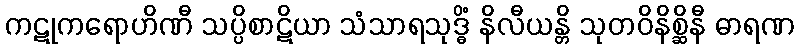
ကဋုကရောဟိဏီ သပ္ပိစာဋိယာ သံသာရသုဒ္ဓိံ နိလီယန္တိ သုတဝိနိစ္ဆိနီ ဓာရဏ